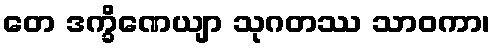
တေ ဒက္ခိဏေယျာ သုဂတဿ သာဝကာ၊